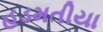
હડમતીયા